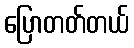
ပြောတတ်တယ်